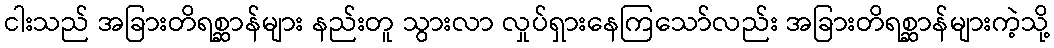
ငါးသည် အခြားတိရစ္ဆာန်များ နည်းတူ သွားလာ လှုပ်ရှားနေကြသော်လည်း အခြားတိရစ္ဆာန်များကဲ့သို့